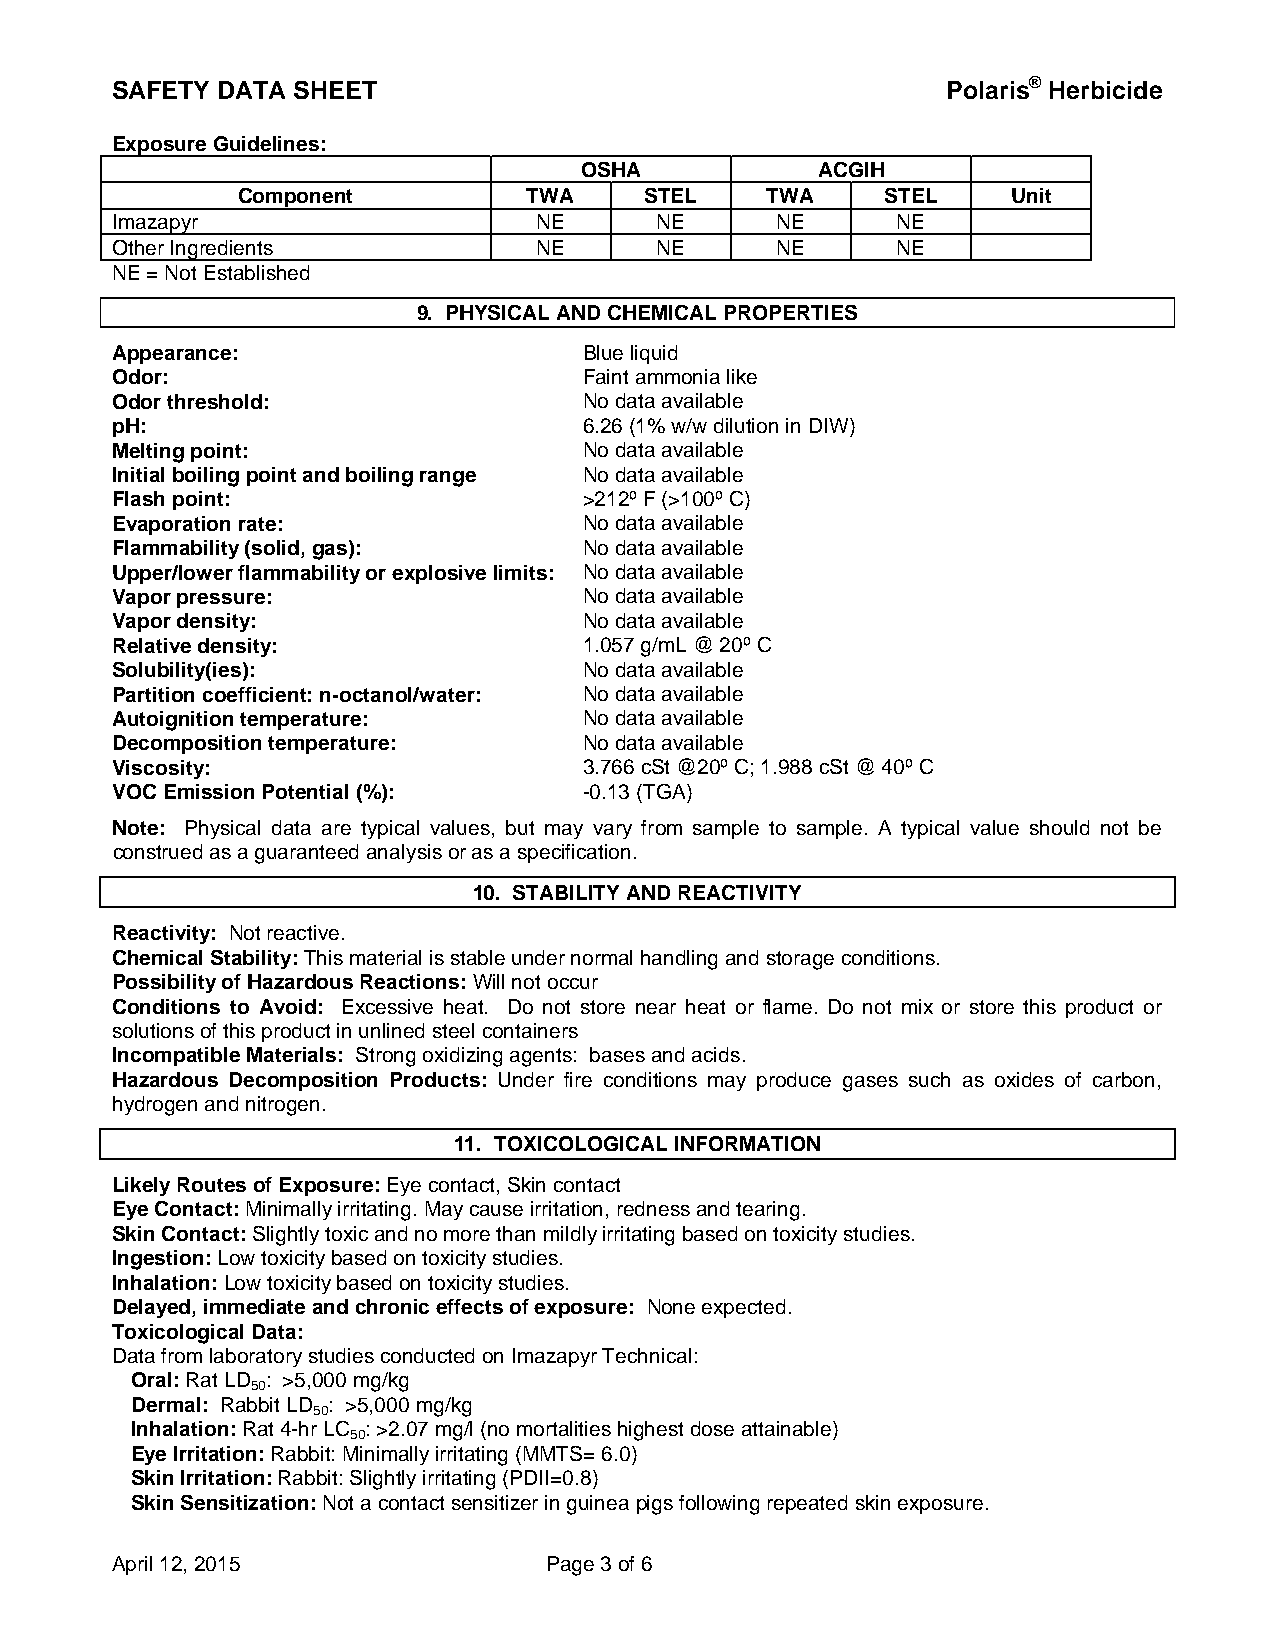
SAFETY DATA SHEET                                       Polaris® Herbicide
 Exposure Guidelines:
 OSHA            ACGIH
 Component          TWA     STEL    TWA     STEL    Unit
 Imazapyr                     NE     NE      NE      NE
 Other Ingredients            NE     NE      NE      NE
 NE = Not Established
 9. PHYSICAL AND CHEMICAL PROPERTIES
 Appearance:                     Blue liquid
 Odor:                           Faint ammonia like
 Odor threshold:                 No data available
 pH:                             6.26 (1% w/w dilution in DIW)
 Melting point:                  No data available
 Initial boiling point and boiling range No data available
 Flash point:                    >212º F (>100º C)
 Evaporation rate:               No data available
 Flammability (solid, gas):      No data available
 Upper/lower flammability or explosive limits: No data available
 Vapor pressure:                 No data available
 Vapor density:                  No data available
 Relative density:               1.057 g/mL @ 20º C
 Solubility(ies):                No data available
 Partition coefficient: n-octanol/water: No data available
 Autoignition temperature:       No data available
 Decomposition temperature:      No data available
 Viscosity:                      3.766 cSt @20º C; 1.988 cSt @ 40º C
 VOC Emission Potential (%):     -0.13 (TGA)
 Note: Physical data are typical values, but may vary from sample to sample. A typical value should not be
 construed as a guaranteed analysis or as a specification.
 10. STABILITY AND REACTIVITY
 Reactivity: Not reactive.
 Chemical Stability: This material is stable under normal handling and storage conditions.
 Possibility of Hazardous Reactions: Will not occur
 Conditions to Avoid: Excessive heat. Do not store near heat or flame. Do not mix or store this product or
 solutions of this product in unlined steel containers
 Incompatible Materials: Strong oxidizing agents: bases and acids.
 Hazardous Decomposition Products: Under fire conditions may produce gases such as oxides of carbon,
 hydrogen and nitrogen.
 11. TOXICOLOGICAL INFORMATION
 Likely Routes of Exposure: Eye contact, Skin contact
 Eye Contact: Minimally irritating. May cause irritation, redness and tearing.
 Skin Contact: Slightly toxic and no more than mildly irritating based on toxicity studies.
 Ingestion: Low toxicity based on toxicity studies.
 Inhalation: Low toxicity based on toxicity studies.
 Delayed, immediate and chronic effects of exposure: None expected.
 Toxicological Data:
 Data from laboratory studies conducted on Imazapyr Technical:
 Oral: Rat LD : >5,000 mg/kg
 50
 Dermal: Rabbit LD : >5,000 mg/kg
 50
 Inhalation: Rat 4-hr LC : >2.07 mg/l (no mortalities highest dose attainable)
 50
 Eye Irritation: Rabbit: Minimally irritating (MMTS= 6.0)
 Skin Irritation: Rabbit: Slightly irritating (PDII=0.8)
 Skin Sensitization: Not a contact sensitizer in guinea pigs following repeated skin exposure.
 April 12, 2015               Page 3 of 6